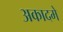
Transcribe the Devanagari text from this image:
अकादमे